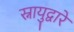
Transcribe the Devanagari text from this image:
स्नायुद्वारे